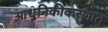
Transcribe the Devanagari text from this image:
आधुनिकीकरणात